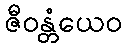
ဇီဝန္တံယေဝ